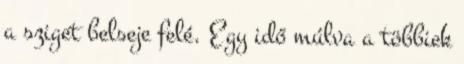
a sziget belseje felé. Egy idő múlva a többiek